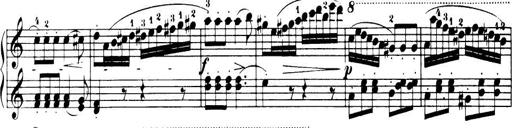
Title: 32 Sonatinas and Rondos for the Piano
Composer: Richard Kleinmichel